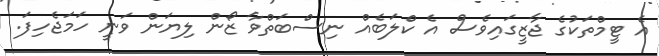
އެ ޓީމްތަކުގެ ޖާޒީގައިވެސް އެ ކްލަބެއް ނިސްބަތްވާ ޒޯން ލިޔަން ވަނީ ހަމަޖެހިފަ.